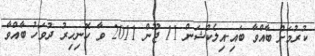
ކުރުމަށް ބާއްވާ ބައި-އިލެކްޝަން 11 ޖޫން 2011 ވާ ހޮނިހިރު ދުވަހު ބާއްވާ